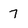
Character: 7